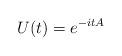
LaTeX: \begin{align*}U(t)=e^{-itA}\end{align*}